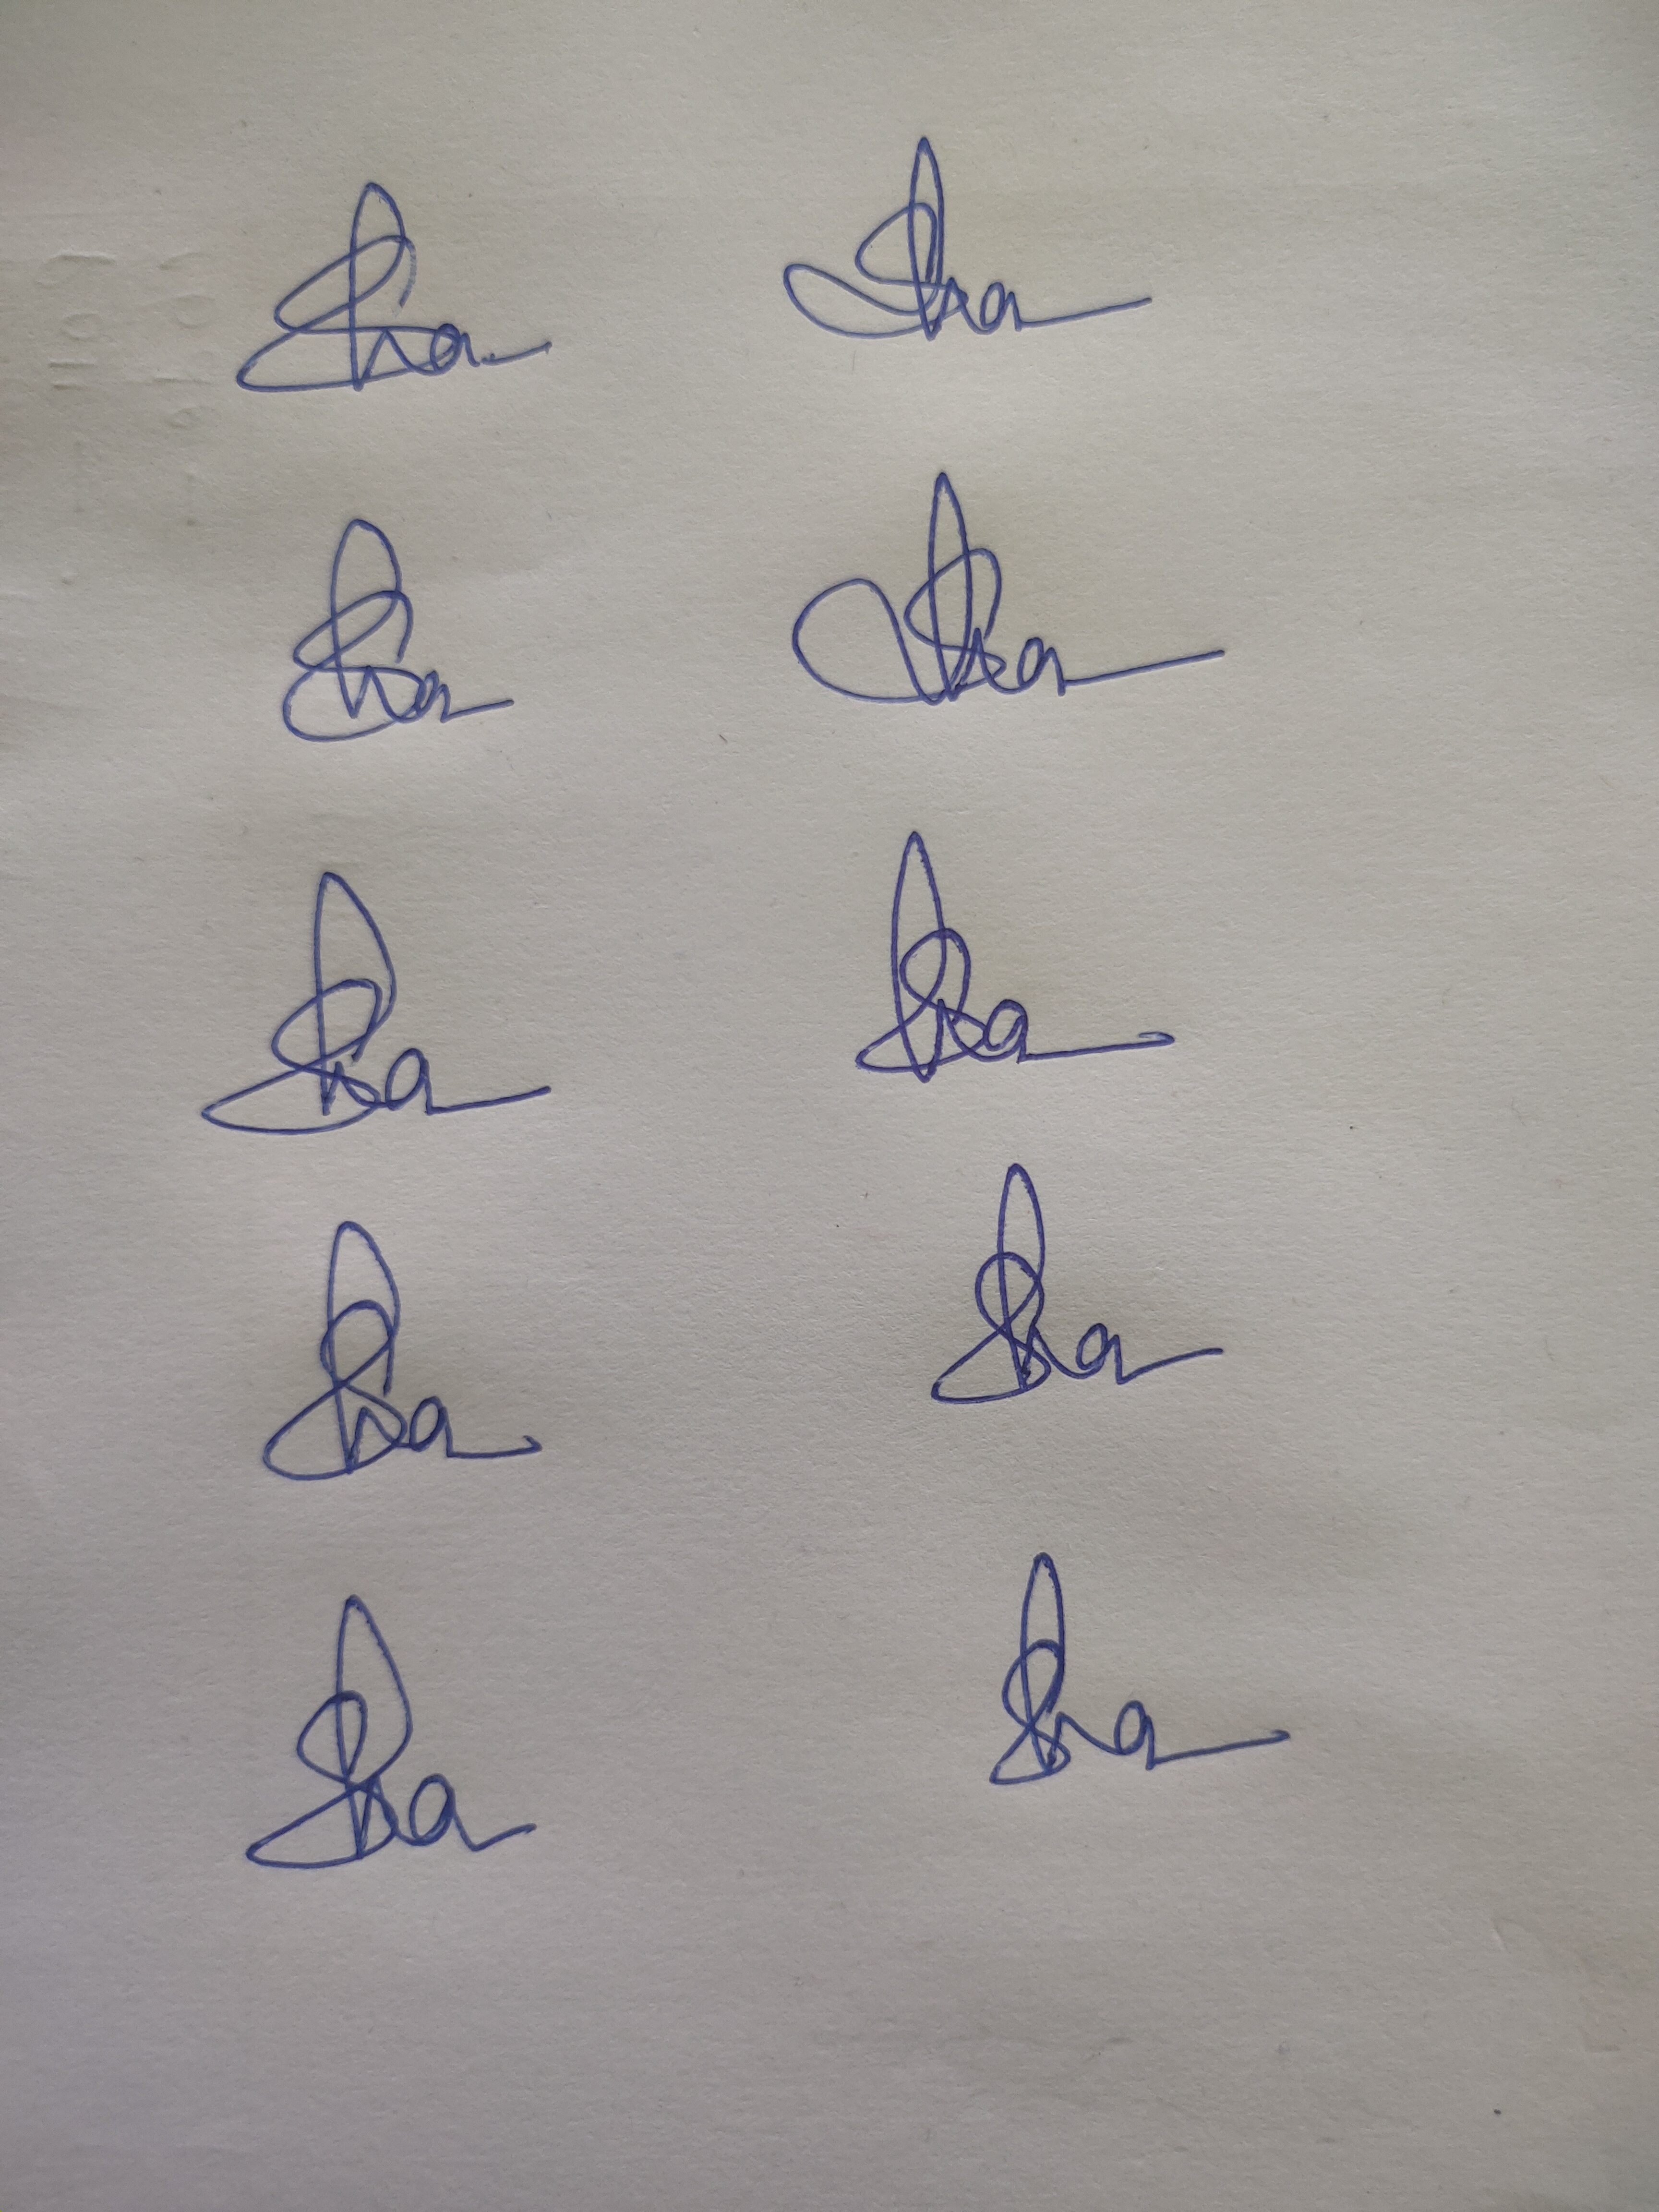
Signature authenticity: genuine